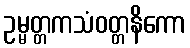
ဥမ္မတ္တကသံဝတ္တနိကော